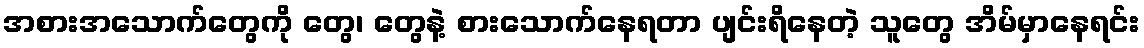
အစားအသောက်တွေကို တွေ၊ တွေနဲ့ စားသောက်နေရတာ ပျင်းရိနေတဲ့ သူတွေ အိမ်မှာနေရင်း